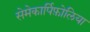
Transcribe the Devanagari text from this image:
सेमेकार्पिफ़ोलिया